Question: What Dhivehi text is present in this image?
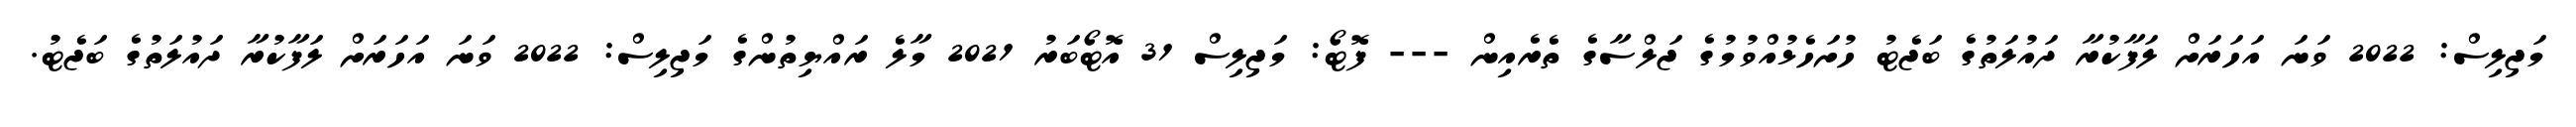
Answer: މަޖިލިސް: 2022 ވަނަ އަހަރަށް ލަފާކުރާ ދައުލަތުގެ ބަޖެޓު ހުށަހެޅުއްވުމުގެ ޖަލްސާގެ ތެރެއިން --- ފޮޓޯ: މަޖިލިސް 31 އޮޓޯބަރު 2021 މާލެ ރައްޔިތުންގެ މަޖިލިސް: 2022 ވަނަ އަހަރަށް ލަފާކުރާ ދައުލަތުގެ ބަޖެޓު.